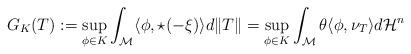
LaTeX: \begin{align*}G_K(T) := \sup_{\phi\in K} \int_{\mathcal{M}} \langle \phi , \star (-\xi) \rangle d\|T\| =\sup_{\phi\in K} \int_{\mathcal{M}} \theta\langle \phi , \nu_T \rangle d\mathcal{H}^{n} \end{align*}